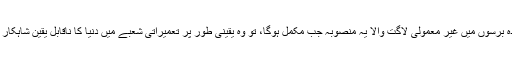
اسی لئے آئندہ برسوں میں غیر معمولی لاگت والا یہ منصوبہ جب مکمل ہوگا، تو وہ یقینی طور پر تعمیراتی شعبے میں دنیا کا ناقابل یقین شاہکار تصور ہوگا۔